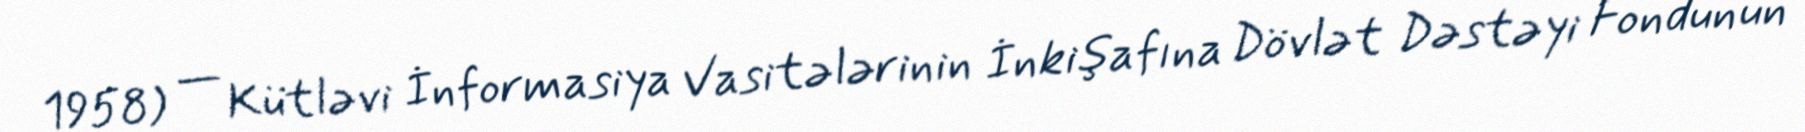
1958) — Kütləvi İnformasiya Vasitələrinin İnkişafına Dövlət Dəstəyi Fondunun